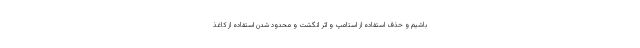
باشیم و حذف استفاده از استامپ و اثر انگشت و محدود شدن استفاده از کاغذ